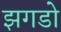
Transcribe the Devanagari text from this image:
झगडो